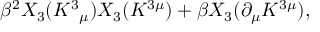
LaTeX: \beta ^ { 2 } X _ { 3 } ( K ^ { 3 } { } _ { \mu } ) X _ { 3 } ( K ^ { 3 \mu } ) + \beta X _ { 3 } ( \partial _ { \mu } K ^ { 3 \mu } ) ,